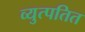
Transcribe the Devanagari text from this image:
व्युत्पतित